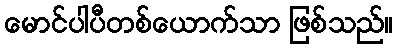
မောင်ပါပီတစ်ယောက်သာ ဖြစ်သည်။